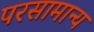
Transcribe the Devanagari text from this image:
परसामान्य